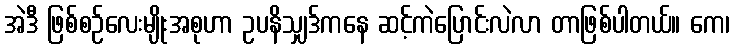
အဲဒီ ဖြစ်စဉ်လေးမျိုးအစုဟာ ဥပနိသျှဒ်ကနေ ဆင့်ကဲပြောင်းလဲလာ တာဖြစ်ပါတယ်။ ကေ၊